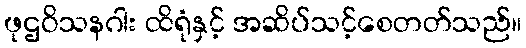
ဖုဌဝိသနဂါး ထိရုံနှင့် အဆိပ်သင့်စေတတ်သည်။